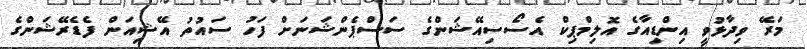
މަރޭ ވިދާޅުވީ އިންޑިއާގެ އޮލިމްޕިކް އެސޯސިއޭޝަންގެ ސަސްޕެންޝަނަށް ފަހު ސައުތު އޭޝިއަން ފެޑެރޭޝަންގެ